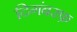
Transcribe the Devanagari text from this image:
दिगंबरफ़